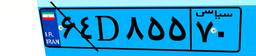
۶۴D۸۵۵۷۰